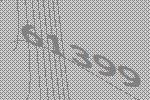
61399